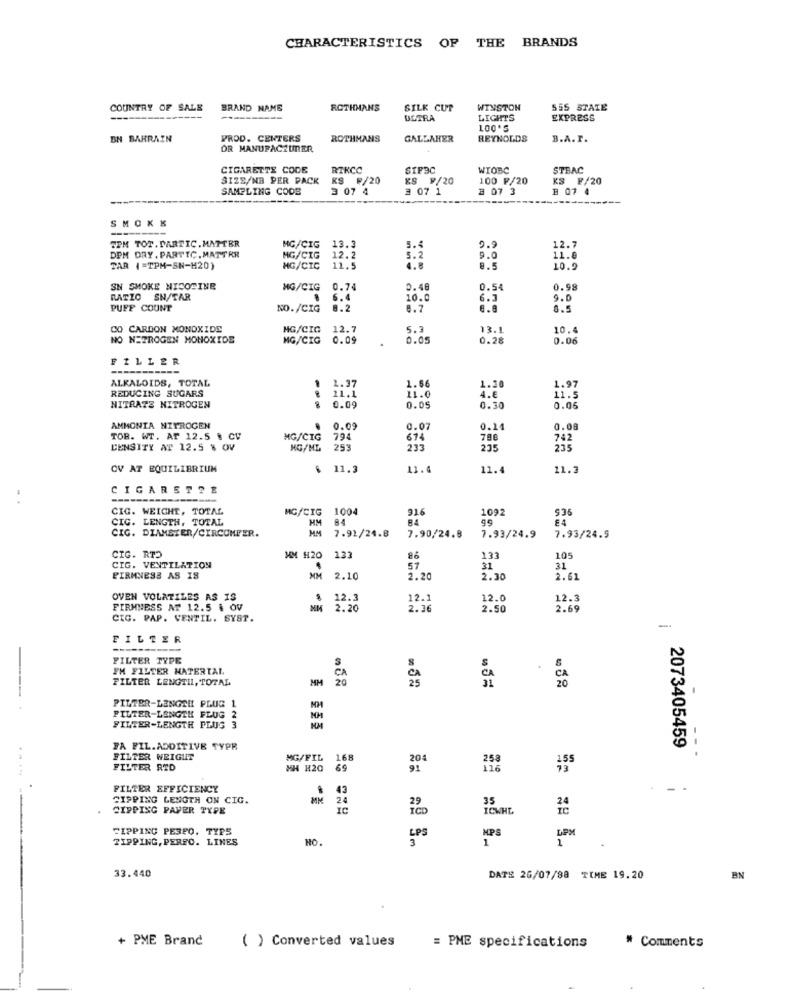
CHARACTERISTICS OF THE BRANDS
COUNTRY OF SALE
BRAND NAME
ROTHMANS
SILK CUP
WINSTON
S55 STATE
ULTRA
LIGHTS
EXPRESS
LOO'S
BN BAHRAIN
PROD. CENTERS
ROTHMANS
GALLAHER
REYNOLDS
B.A.P.
OR MANUFACTURER
CIGARETTE CODE
RIKCC
SIFBC
WIOBC
STBAC
SIZE/NB PER PACK
KS ₽/20
KS F/20
100 F/20
KS F/20
SAMPLING CODE
3 07 4
# 07 1
3 07 3
B 07 4
SMOKK
TPM TOT. PARTIC. MATTER
13.3
5.4
9.9
MG/CIG
12.7
DPM DRY. PARTTC. MATTKR
MG/CIG
12.2
5.2
11.0
TAR (=TPM-5N-H20)
MG/CIC
11.5
4.8
0.5
10.9
SN SMOKE NICOTINE
MG/CIG
0.74
0.48
0.54
0.98
RATIO SN/TAR
6.4
10.0
6.3
9.0
PUFF COUNT
NO./CIG
8.2
8.7
0.5
CO CARBON MONOXIDE
HG/CIG
12.7
5.3
13.1
10.4
NO NETROGEN MONOXIDE
MG/CIG
0.09
0.05
0.28
0.06
FILLER
ALKALOIDS, TOTAL
1 2.37
1.30
1.97
REDUCING SUGARS
11.1
1.66
11.5
NITRATE NITROGEN
11.0
4.€
0.09
0.05
0.30
0.06
AMMONTA NITROGEN
.
0.09
0.07
0.14
0.08
TOR. WT. AF 12.5 & CV
MG/CIG
794
674
788
742
DENSITY AT 12.5 % OV
NG/ML
253
235
235
OV AT EQUILIBRIUM
€ 11.3
11.4
11.4
11.2
CIGARETTE
------
CIG. WEIGHT, TOTAL
MG/CIG
1004
916
1092
936
CIG. LENGTH, TOTAL
HM
84
B4
CIG. DIAMETER/CIRCUMFER.
MM
7.91/24.8
7.90/24.8
7.93/24.9
7.93/24.9
CIG. RTO
HM H20
133
26
133
105
CIG. VENTILATION
.
57
31
31
FIRMNESS AS IS
MM
2.10
2.20
2.30
2.62
OVEN VOLATILES AS IS
12.3
12.1
12.0
12.3
FIRMNESS AT 12.5 & OV
2.20
2.36
2.50
2.69
CIG. PAP. VENTIL. SYST.
-
FILTER
FILTER TYPE
FM FILTER HATERTAL
S
FILTER LENGTIL, TOTAL
MM
CA
CA
20
FILTER-LENGER PLUG 1
FILTER-LENGTH FLUG 2
FILTER-LENGTH PLUS 3
FA FIL.ADDITIVE TYPR
2073405459
- -
FILTER WEIGHT
MG/FIL
168
258
15
FILTER RID
MH H20 69
116
....-
FILTER EFFICIENCY
43
SIPPING LENGTH ON CIG.
24
35
CIPPING PAVER TYPE
IC
ICWHL
TIPPING PESPO. TYPS
LPS
MPS
DPM
TIPPING, PERFO. LINES
NO.
3
1
1
.
33.440
DAT# 26/07/88 TIME 19.20
BN
+ PME Brand
( ) Converted values
= PME specifications
# Comments